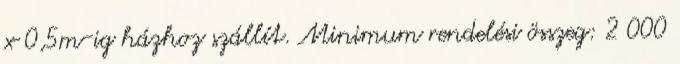
x 0,5m-ig házhoz szállít. Minimum rendelési összeg: 2 000